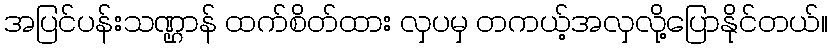
အပြင်ပန်းသဏ္ဌာန် ထက်စိတ်ထား လှပမှ တကယ့်အလှလို့ပြောနိုင်တယ်။